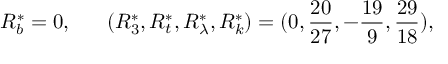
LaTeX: R _ { b } ^ { * } = 0 , ~ ~ ~ ~ ~ ( R _ { 3 } ^ { * } , R _ { t } ^ { * } , R _ { \lambda } ^ { * } , R _ { k } ^ { * } ) = ( 0 , { \frac { 2 0 } { 2 7 } } , - { \frac { 1 9 } { 9 } } , { \frac { 2 9 } { 1 8 } } ) ,